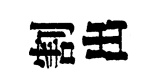
割出